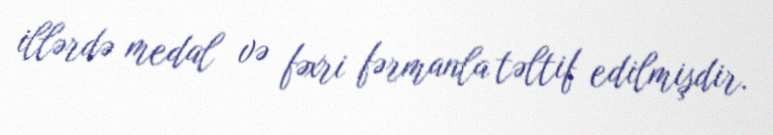
illərdə medal və fəxri fərmanla təltif edilmişdir.